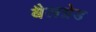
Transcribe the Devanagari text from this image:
बैलग्रेड